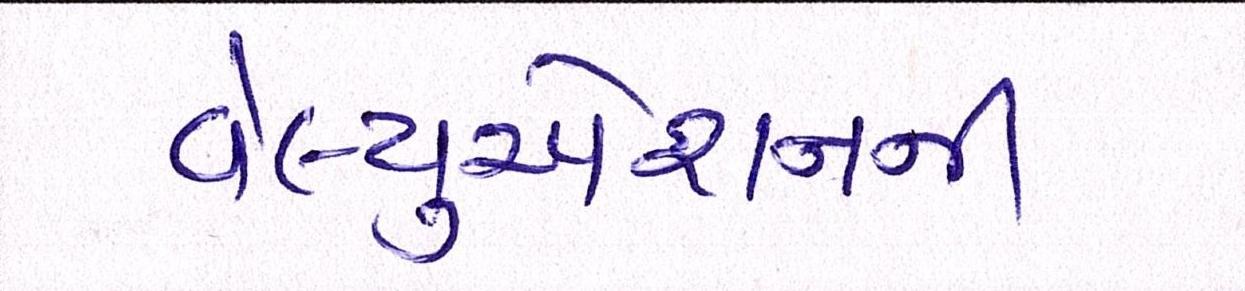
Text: વેલ્યુએશનની